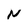
Character: N